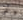
وأتمنى